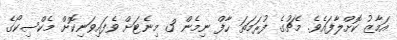
އަމާޒު ކޮށްލާފައެވެ. މެޗުގެ ފުރަމަތަ ހާފް ނިމެން 3 މިނެޓަށް ވެފައިވަނިކޮށް މެކްސިކޯގެ